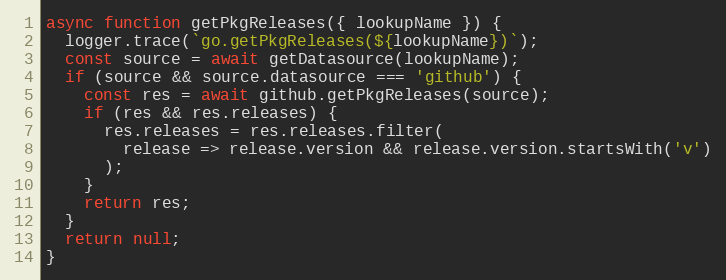
Language: JavaScript
async function getPkgReleases({ lookupName }) {
  logger.trace(`go.getPkgReleases(${lookupName})`);
  const source = await getDatasource(lookupName);
  if (source && source.datasource === 'github') {
    const res = await github.getPkgReleases(source);
    if (res && res.releases) {
      res.releases = res.releases.filter(
        release => release.version && release.version.startsWith('v')
      );
    }
    return res;
  }
  return null;
}